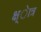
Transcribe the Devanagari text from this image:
क्ष्ेात्र